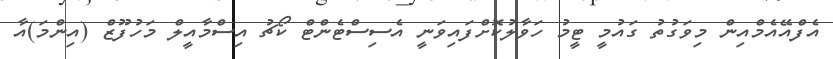
އެފްއޭއެމްއިން މިވަގުތު ގައުމީ ޓީމު ހަވާލުކޮށްފައިވަނީ އެސިސްޓެންޓް ކޯޗު އިސްމާއީލް މަހުފޫޒް (އިންމަ)އާ